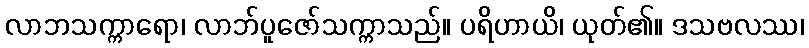
လာဘသက္ကာရော၊ လာဘ်ပူဇော်သက္ကာသည်။ ပရိဟာယိ၊ ယုတ်၏။ ဒသဗလဿ၊